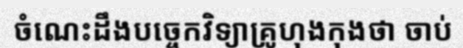
ចំណេះដឹងបច្ចេកវិទ្យាគ្រូហុងកុងថា ចាប់